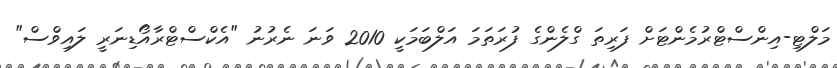
މަލްޓި-އިންސްޓްރުމެންޓަށް ފަރިތަ ގްލެންގެ ފުރަތަމަ އަލްބަމަކީ 2010 ވަނަ ނެރުނު "އެކްސްޓްރާއޯޑިނަރީ ލައިވްސް"